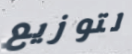
لتوزيع